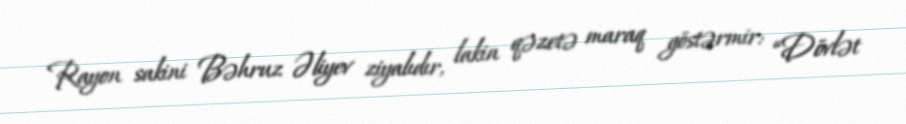
Rayon sakini Bəhruz Əliyev ziyalıdır, lakin qəzetə maraq göstərmir: “Dövlət